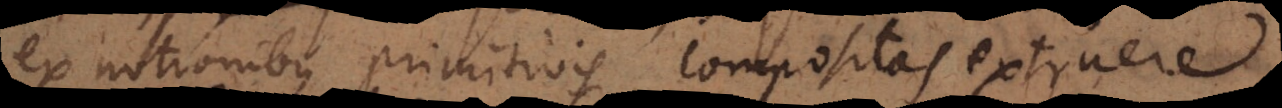
ex notionibus primitivis compositas extruere